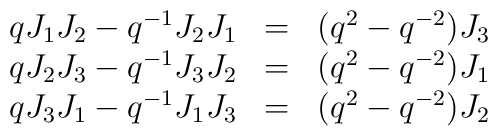
\begin{array}{lcr}qJ_1J_2-q^{-1}J_2J_1&=&(q^2-q^{-2})J_3\\qJ_2J_3-q^{-1}J_3J_2&=&(q^2-q^{-2})J_1\\qJ_3J_1-q^{-1}J_1J_3&=&(q^2-q^{-2})J_2\\\end{array}